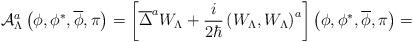
LaTeX: \begin{align*}{\cal A}_{\Lambda}^a\left( \phi ,\phi ^{*},\overline{\phi},\pi\right) =\left[ \overline{\Delta }^aW_\Lambda +\frac i{2\hbar }\left( W_\Lambda,W_\Lambda \right) ^a\right]\left( \phi ,\phi ^{*},\overline{\phi},\pi\right) =\end{align*}